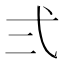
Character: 弍